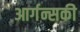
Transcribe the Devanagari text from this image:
आर्गन्सकी